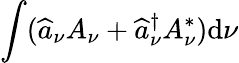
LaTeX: \int(\widehat{a}_{\nu}A_{\nu}+\widehat{a}_{\nu}^{\dagger}A_{\nu}^{*})\mathrm{d}\nu